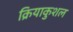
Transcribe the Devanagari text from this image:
क्रियाकुशल